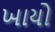
ખાયો